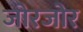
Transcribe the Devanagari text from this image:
जोरजोर